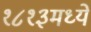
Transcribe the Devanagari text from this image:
१८१३मध्ये